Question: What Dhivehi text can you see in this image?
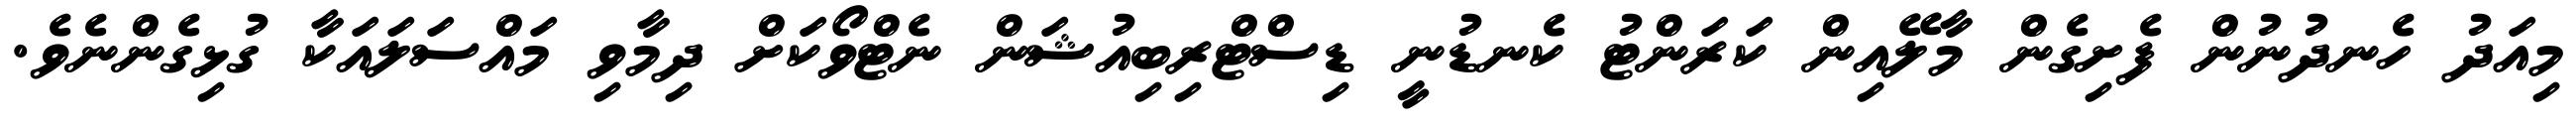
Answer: މިއަދު ހެނދުނުން ފެށިގެން މާލޭއިން ކަރަންޓު ކެނޑުނީ ޑިސްޓްރިބިއުޝަން ނެޓްވޯކަށް ދިމާވި މައްސަލައަކާ ގުޅިގެންނެވެ.